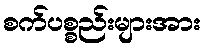
စက်ပစ္စည်းများအား